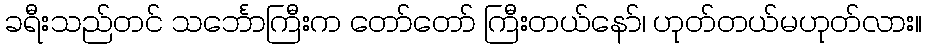
ခရီးသည်တင် သင်္ဘောကြီးက တော်တော် ကြီးတယ်နော်၊ ဟုတ်တယ်မဟုတ်လား။